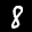
Digit: 8